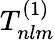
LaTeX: T_{nlm}^{(1)}